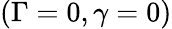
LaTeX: (\Gamma=0,\gamma=0)